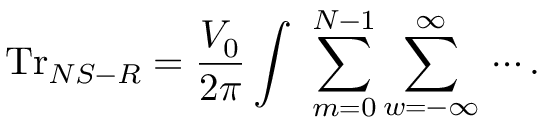
\mathrm { T r } _ { N S - R } = \frac { V _ { 0 } } { 2 \pi } \int \d E \, \sum _ { m = 0 } ^ { N - 1 } \sum _ { w = - \infty } ^ { \infty } \, \cdots .